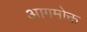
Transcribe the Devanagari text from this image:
आगमोक्त